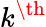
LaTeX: k^{\th}